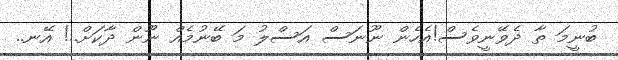
ބުނީމަ ތާ ދެވޭނީވެސް!އެހެން ނޫނަސް އަސްލު މަ ބޭނުމެއް ނޫން ދާކަށް..! އޭނ..